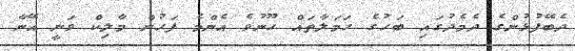
ދެބޭފުޅުންގެ ދެމެދުގައި ބަހުގެ ހަމަލާތައް ހޫނުވެ އެންމެ ފަހުން މާލިކް ވަނީ އޭނާ